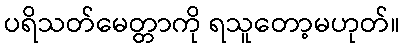
ပရိသတ်မေတ္တာကို ရသူတော့မဟုတ်။